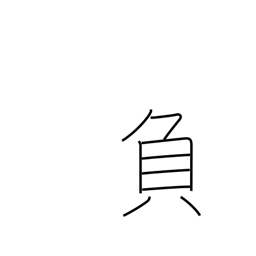
Meaning: minus